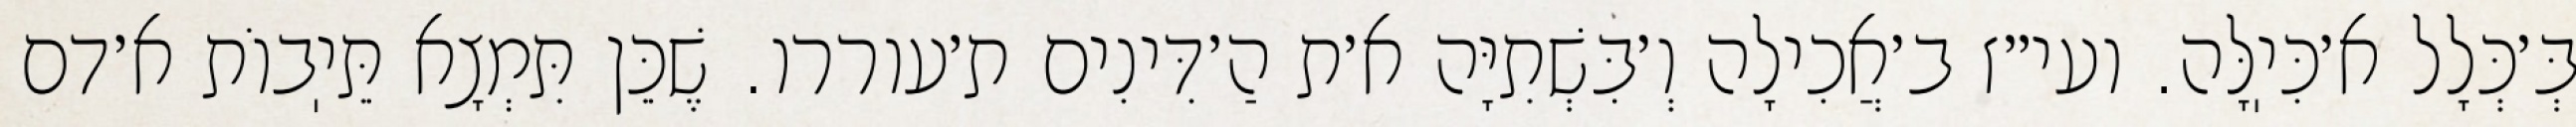
בְּ׳כְּלָל א׳כִּיֽלָּה. ועי״ז ב׳אֲכִילָה וְ׳בִּשְׁתִיָּה א׳ת הַ׳דִּינִים ת׳עוררו. שֶׁכֵּן תִּמְצָא תֵּיֽבוֹת א׳דם